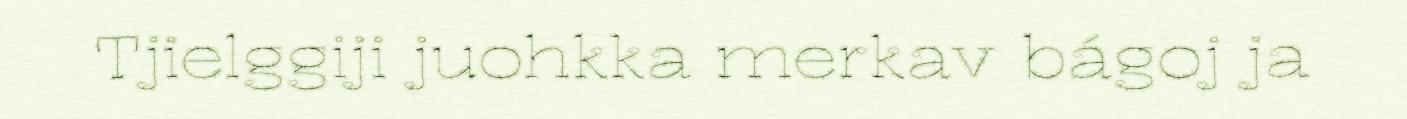
Tjielggiji juohkka merkav bágoj ja